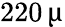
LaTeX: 220\, \upmu